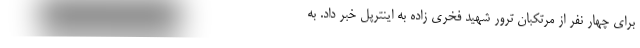
برای چهار نفر از مرتکبان ترور شهید فخری زاده به اینترپل خبر داد. به